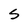
Character: S